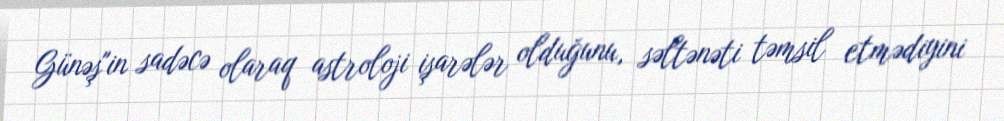
Günəş"in sadəcə olaraq astroloji işarələr olduğunu, səltənəti təmsil etmədiyini